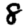
Digit: 8